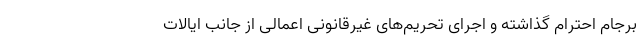
برجام احترام ‌گذاشته و اجرای تحریم‌های غیرقانونی اعمالی از جانب ایالات